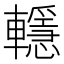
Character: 𨏈